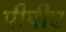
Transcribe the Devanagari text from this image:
पीपीए